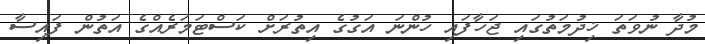
މުދާ ނުވަތަ ޚިދުމަތުގައި ޖަހާފައި ހުންނަ އަގުގެ އިތުރަށް ކަސްޓަމަރެއްގެ އަތުން ފައިސާ